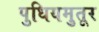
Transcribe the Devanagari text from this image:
पुधियमुतूर